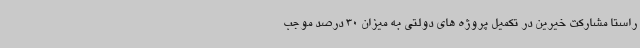
راستا مشارکت خیرین در تکمیل پروژه های دولتی به میزان 30 درصد موجب